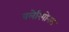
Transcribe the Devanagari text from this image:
वलेरियोनस